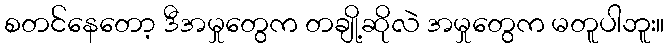
စတင်နေတော့ ဒီအမှုတွေက တချို့ဆိုလဲ အမှုတွေက မတူပါဘူး။